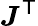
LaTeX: {\boldsymbol{J}}^{\textsf{T}}